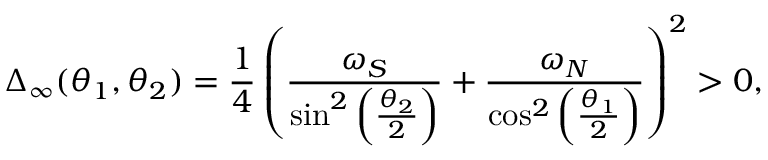
\Delta _ { \infty } ( \theta _ { 1 } , \theta _ { 2 } ) = \frac { 1 } { 4 } \left( \frac { \omega _ { S } } { \sin ^ { 2 } \left( \frac { \theta _ { 2 } } { 2 } \right) } + \frac { \omega _ { N } } { \cos ^ { 2 } \left( \frac { \theta _ { 1 } } { 2 } \right) } \right) ^ { 2 } > 0 ,